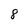
Character: 8